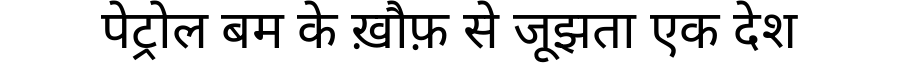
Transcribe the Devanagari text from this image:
पेट्रोल बम के ख़ौफ़ से जूझता एक देश